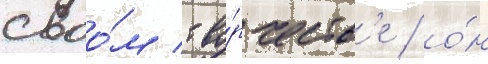
своо́м тво́рчеств'е / о́н